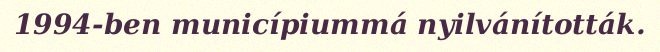
1994-ben municípiummá nyilvánították.